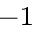
^ { - 1 }